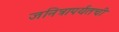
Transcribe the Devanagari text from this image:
जनित्रापर्यंतची